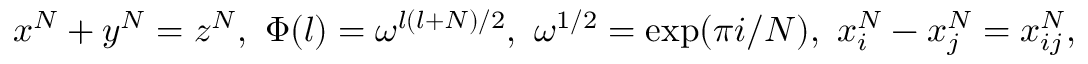
x ^ { N } + y ^ { N } = z ^ { N } , ~ \Phi ( l ) = \omega ^ { l ( l + N ) / 2 } , ~ \omega ^ { 1 / 2 } = \exp ( \pi i / N ) , { } ~ x _ { i } ^ { N } - x _ { j } ^ { N } = x _ { i j } ^ { N } ,